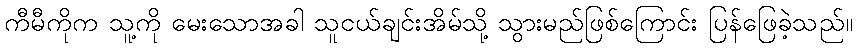
ကီမီကိုက သူ့ကို မေးသောအခါ သူငယ်ချင်းအိမ်သို့ သွားမည်ဖြစ်ကြောင်း ပြန်ဖြေခဲ့သည်။